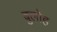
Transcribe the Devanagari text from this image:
बुलोह